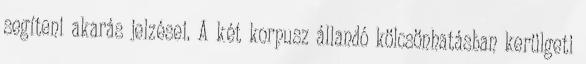
segíteni akarás jelzései. A két korpusz állandó kölcsönhatásban kerülgeti